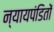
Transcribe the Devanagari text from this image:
न्यायपंडितों